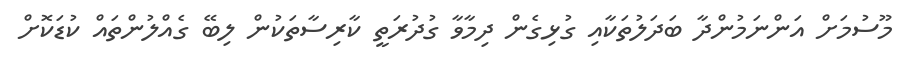
މޫސުމަށް އަންނަމުންދާ ބަދަލުތަކާއި ގުޅިގެން ދިމާވާ ގުދުރަތީ ކާރިސާތަކުން ލިބޭ ގެއްލުންތައް ކުޑަކޮށް